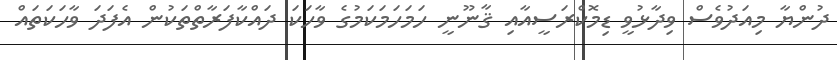
ދުންޔާ މިއަދުވެސް ވިދާޅުވީ ޑިމޮކްރަސީއާއި ޤާނޫނީ ހަމަހަމަކަމުގެ ވާހަކަ ދައްކާފަރާތްތަކުން އެފަދަ ވާހަކަތައް